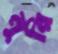
নুরি